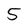
Character: 5